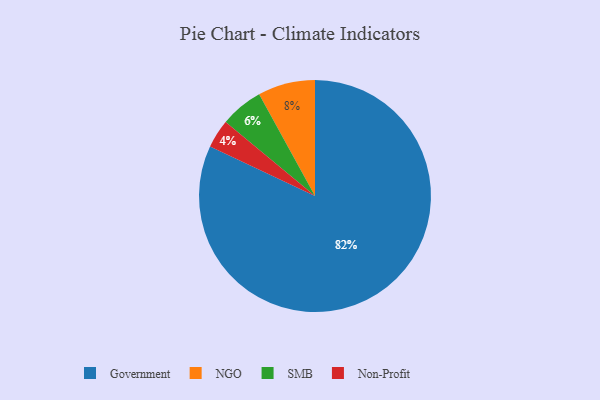
{"axis": {"x": "Category", "y": "Percentage"}, "legend": ["Government", "NGO", "Non-Profit", "SMB"], "data": [{"x": "NGO", "y": 8, "type": "NGO"}, {"x": "SMB", "y": 6, "type": "SMB"}, {"x": "Non-Profit", "y": 4, "type": "Non-Profit"}, {"x": "Government", "y": 82, "type": "Government"}]}